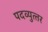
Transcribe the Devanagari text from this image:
पदव्‍युत्‍तर